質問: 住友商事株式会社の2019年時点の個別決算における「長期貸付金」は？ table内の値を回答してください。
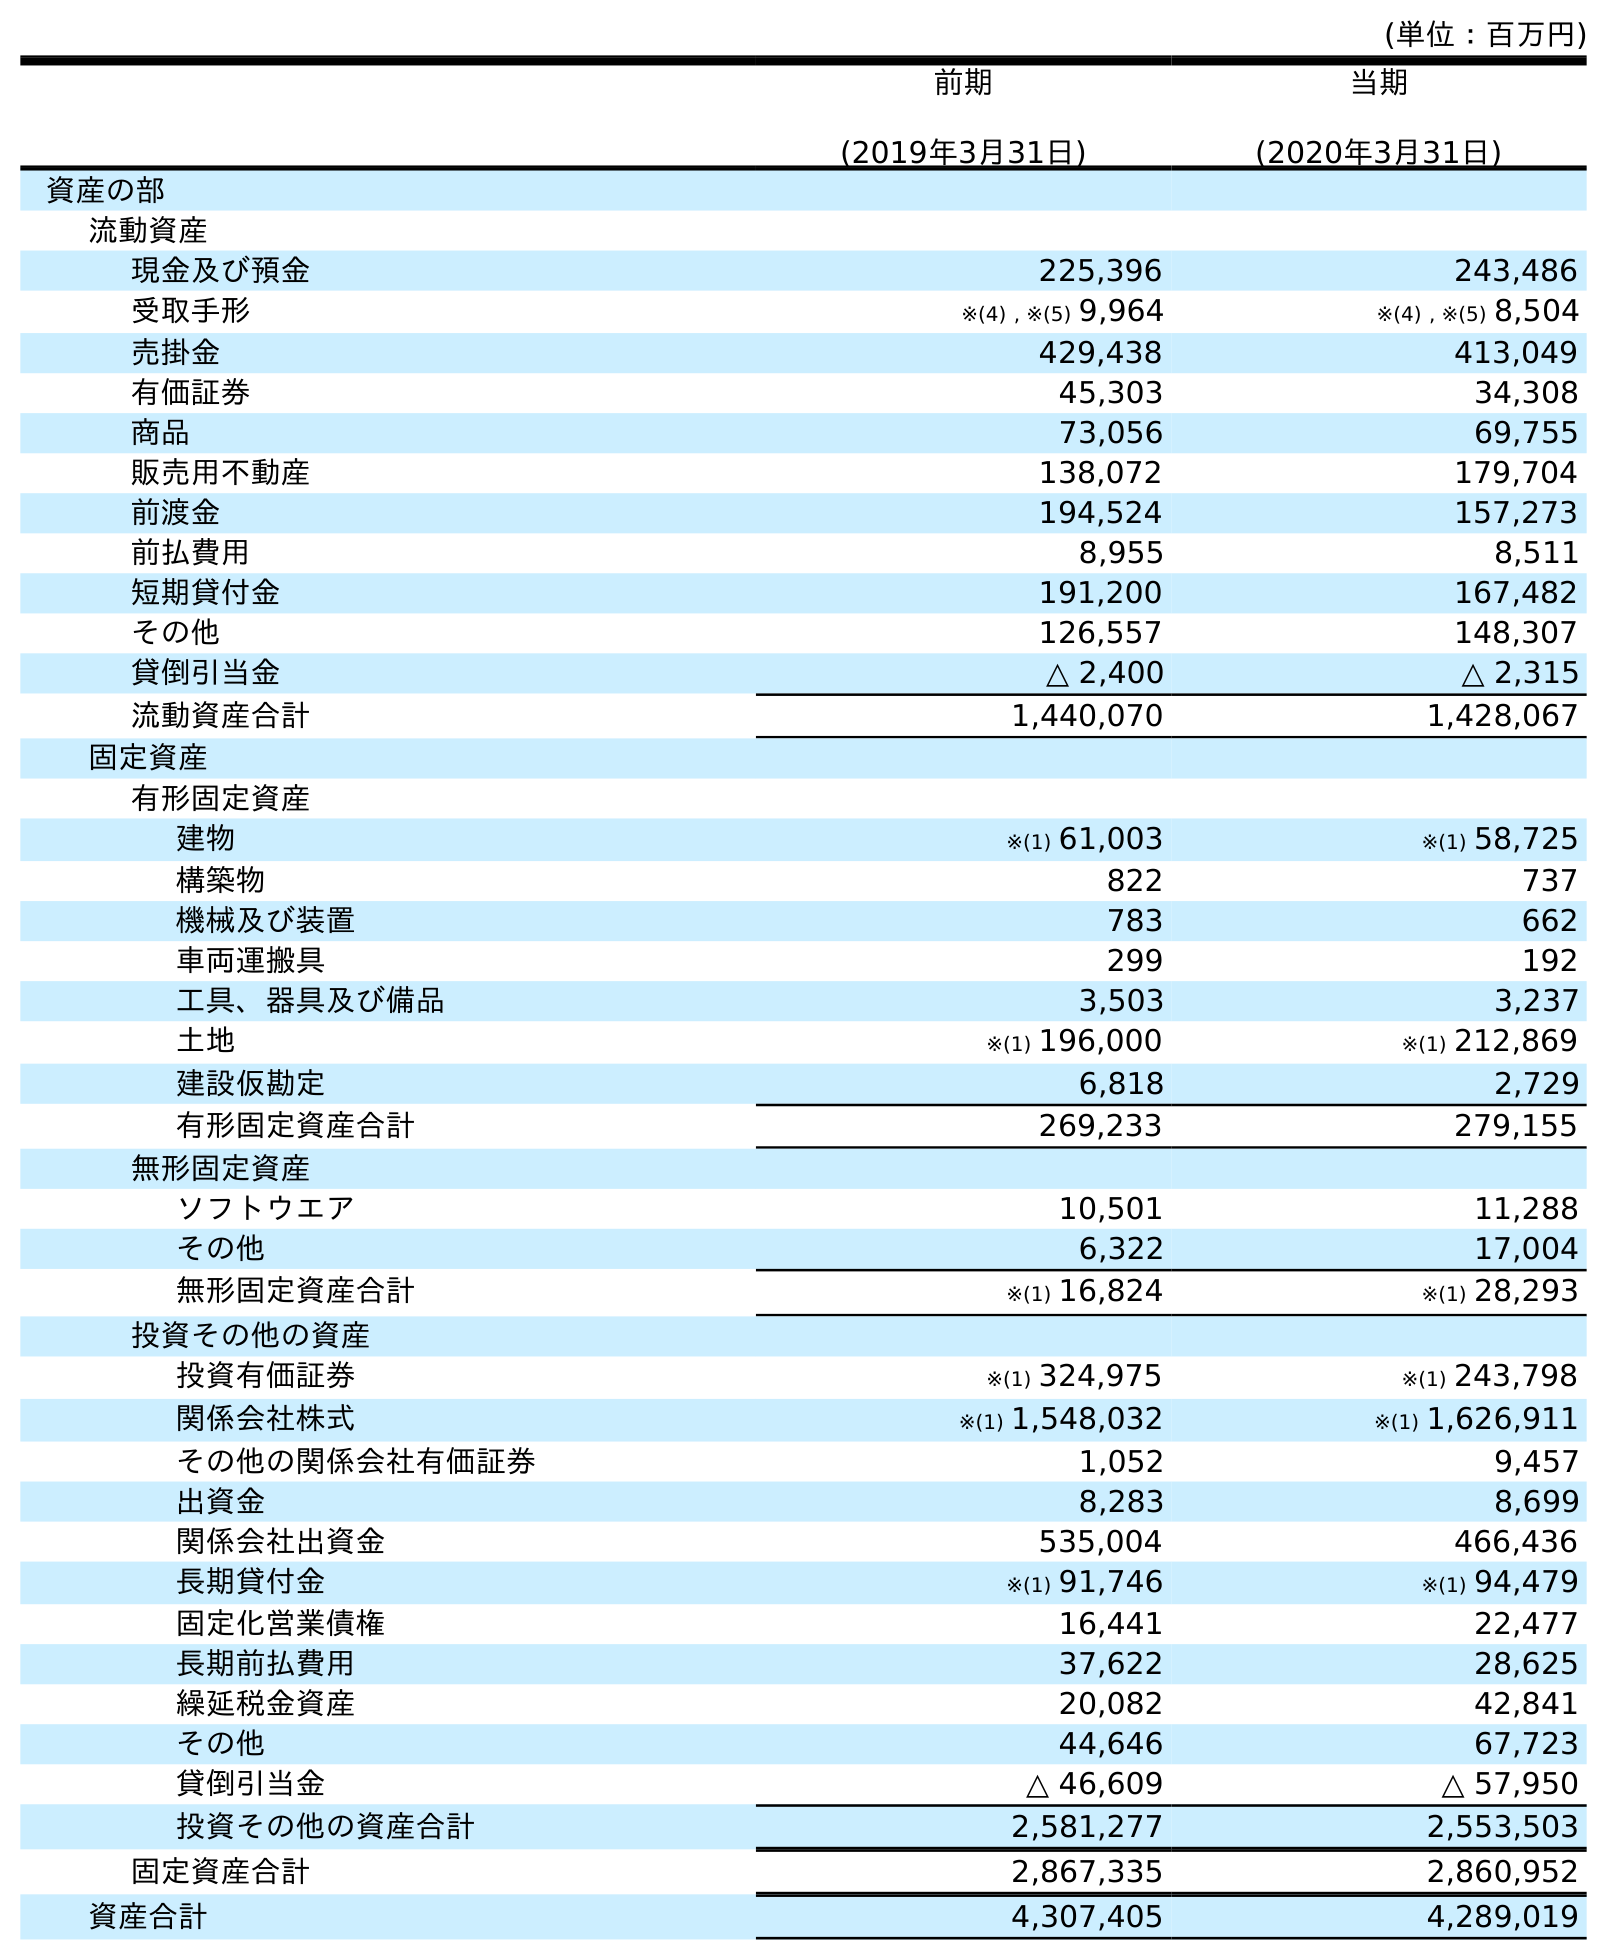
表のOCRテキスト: (単位：百万円) 前期 (2019年3月31日) 当期 (2020年3月31日) 資産の部 流動資産 現金及び預金 225,396 243,486 受取手形 ※(4) , ※(5) 9,964 ※(4) , ※(5) 8,504 売掛金 429,438 413,049 有価証券 45,303 34,308 商品 73,056 69,755 販売用不動産 138,072 179,704 前渡金 194,524 157,273 前払費用 8,955 8,511 短期貸付金 191,200 167,482 その他 126,557 148,307 貸倒引当金 △ 2,400 △ 2,315 流動資産合計 1,440,070 1,428,067 固定資産 有形固定資産 建物 ※(1) 61,003 ※(1) 58,725 構築物 822 737 機械及び装置 783 662 車両運搬具 299 192 工具、器具及び備品 3,503 3,237 土地 ※(1) 196,000 ※(1) 212,869 建設仮勘定 6,818 2,729 有形固定資産合計 269,233 279,155 無形固定資産 ソフトウエア 10,501 11,288 その他 6,322 17,004 無形固定資産合計 ※(1) 16,824 ※(1) 28,293 投資その他の資産 投資有価証券 ※(1) 324,975 ※(1) 243,798 関係会社株式 ※(1) 1,548,032 ※(1) 1,626,911 その他の関係会社有価証券 1,052 9,457 出資金 8,283 8,699 関係会社出資金 535,004 466,436 長期貸付金 ※(1) 91,746 ※(1) 94,479 固定化営業債権 16,441 22,477 長期前払費用 37,622 28,625 繰延税金資産 20,082 42,841 その他 44,646 67,723 貸倒引当金 △ 46,609 △ 57,950 投資その他の資産合計 2,581,277 2,553,503 固定資産合計 2,867,335 2,860,952 資産合計 4,307,405 4,289,019
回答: ※(1)91,746